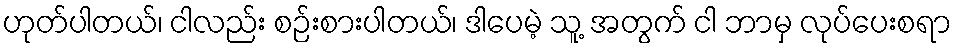
ဟုတ်ပါတယ်၊ ငါလည်း စဉ်းစားပါတယ်၊ ဒါပေမဲ့ သူ့ အတွက် ငါ ဘာမှ လုပ်ပေးစရာ